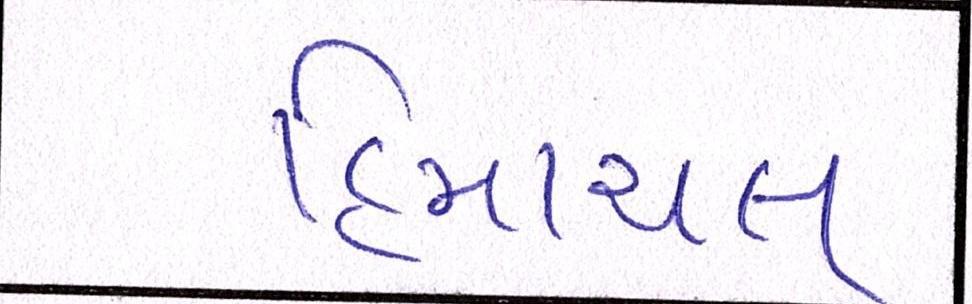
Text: હિમાચલ